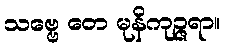
သဗ္ဗေ တေ မုနိကုဉ္ဇရာ။